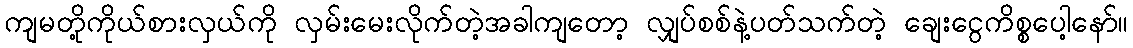
ကျမတို့ကိုယ်စားလှယ်ကို လှမ်းမေးလိုက်တဲ့အခါကျတော့ လျှပ်စစ်နဲ့ပတ်သက်တဲ့ ချေးငွေကိစ္စပေါ့နော်။